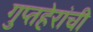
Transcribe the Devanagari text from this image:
गुप्तहेरांची